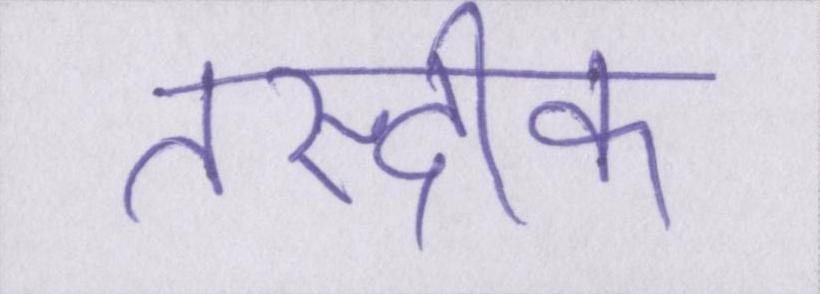
तस्दीक